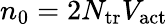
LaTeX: n_{0}=2N_{\mathrm{tr}}V_{\mathrm{act}}